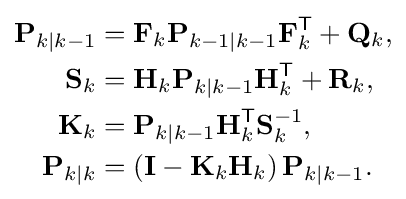
{\begin{aligned}\mathbf {P} _{k\mid k-1}&=\mathbf {F} _{k}\mathbf {P} _{k-1\mid k-1}\mathbf {F} _{k}^{\textsf {T}}+\mathbf {Q} _{k},\\\mathbf {S} _{k}&=\mathbf {H} _{k}\mathbf {P} _{k\mid k-1}\mathbf {H} _{k}^{\textsf {T}}+\mathbf {R} _{k},\\\mathbf {K} _{k}&=\mathbf {P} _{k\mid k-1}\mathbf {H} _{k}^{\textsf {T}}\mathbf {S} _{k}^{-1},\\\mathbf {P} _{k|k}&=\left(\mathbf {I} -\mathbf {K} _{k}\mathbf {H} _{k}\right)\mathbf {P} _{k|k-1}.\end{aligned}}